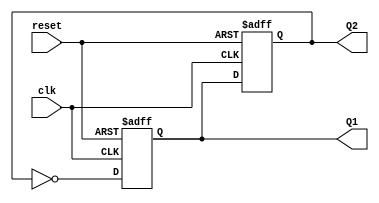
module DualStageJohnsonCounter (
    input wire clk,        // Clock input
    input wire reset,      // Asynchronous reset
    output reg Q1,        // Output of first flip-flop
    output reg Q2         // Output of second flip-flop
);

// Always block triggered on the rising edge of the clock or reset
always @(posedge clk or posedge reset) begin
    if (reset) begin
        // Asynchronous reset to 00
        Q1 <= 1'b0;
        Q2 <= 1'b0;
    end else begin
        // Johnson counter logic
        Q1 <= ~Q2;  // D1 is fed with the inverted Q2
        Q2 <= Q1;   // D2 takes the value of Q1
    end
end

endmodule